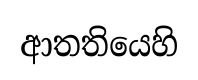
ආතතියෙහි